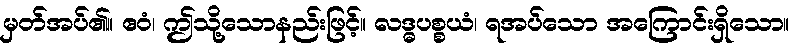
မှတ်အပ်၏။ ဧဝံ၊ ဤသို့သောနည်းဖြင့်။ လဒ္ဓပစ္စယံ၊ ရအပ်သော အကြောင်းရှိသော။